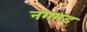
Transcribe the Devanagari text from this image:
नंगगड